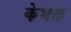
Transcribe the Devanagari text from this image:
केभक्त